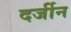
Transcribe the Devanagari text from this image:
दर्जीन